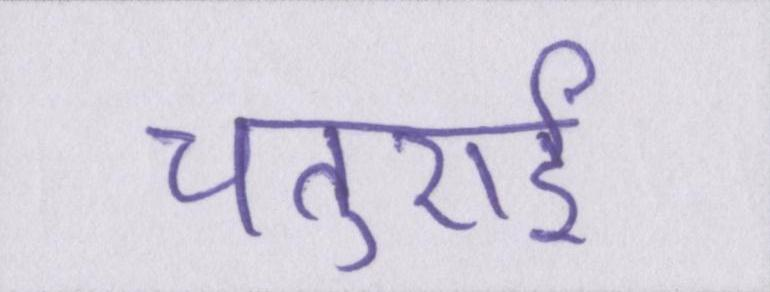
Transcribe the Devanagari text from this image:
चतुराई